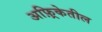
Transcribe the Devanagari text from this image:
अफ़्रिकेतील